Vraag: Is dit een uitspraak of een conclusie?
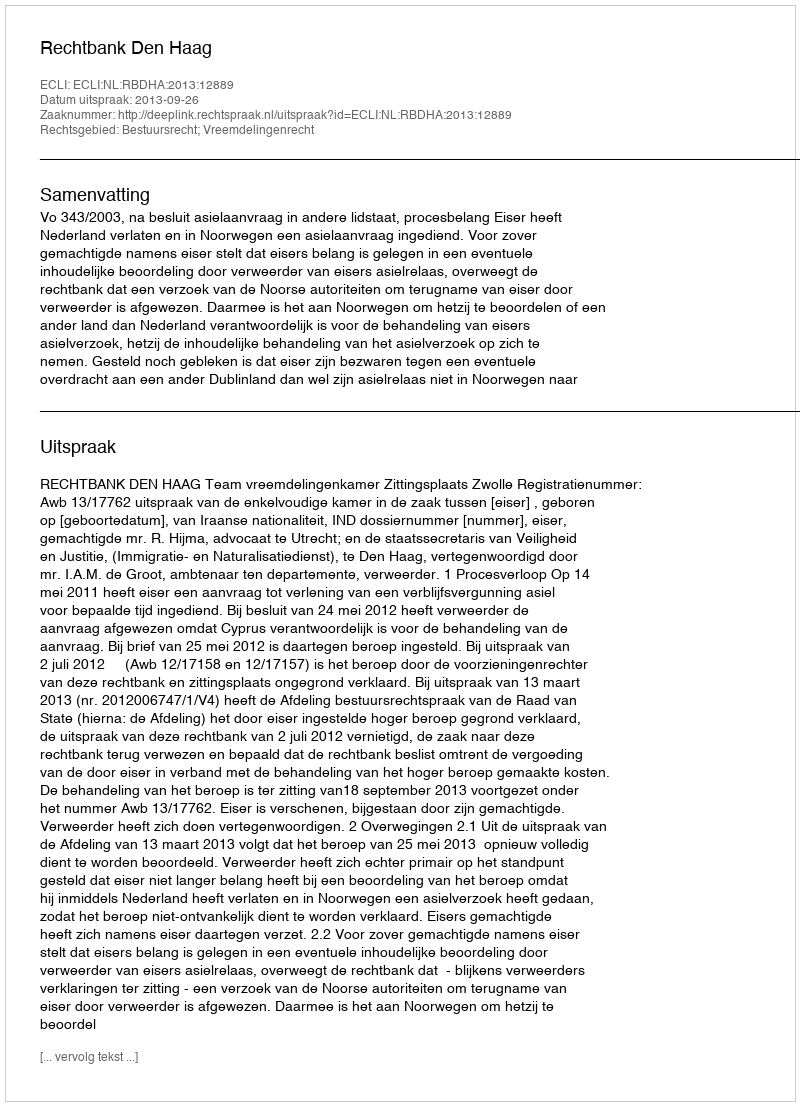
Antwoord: Uitspraak